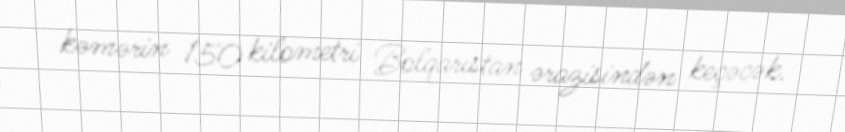
kəmərin 150 kilometri Bolqarıstan ərazisindən keçəcək.